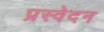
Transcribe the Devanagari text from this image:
प्रस्वेदन